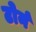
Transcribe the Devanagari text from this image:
टोर्न